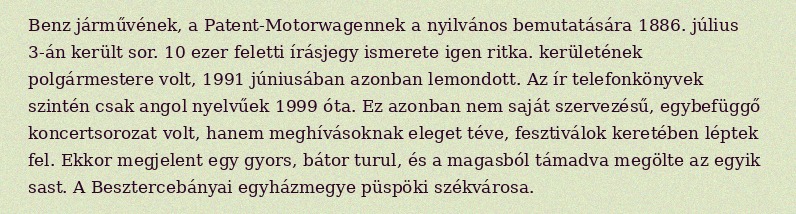
Benz járművének, a Patent-Motorwagennek a nyilvános bemutatására 1886. július 3-án került sor. 10 ezer feletti írásjegy ismerete igen ritka. kerületének polgármestere volt, 1991 júniusában azonban lemondott. Az ír telefonkönyvek szintén csak angol nyelvűek 1999 óta. Ez azonban nem saját szervezésű, egybefüggő koncertsorozat volt, hanem meghívásoknak eleget téve, fesztiválok keretében léptek fel. Ekkor megjelent egy gyors, bátor turul, és a magasból támadva megölte az egyik sast. A Besztercebányai egyházmegye püspöki székvárosa.